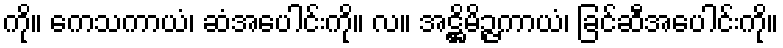
ကို။ ကေသကာယံ၊ ဆံအပေါင်းကို။ လ။ အဋ္ဌိမိဉ္ဇကာယံ၊ ခြင်ဆီအပေါင်းကို။